Indian journal of veterinary science and animal husbandry - Volume 8,
Year: 1938
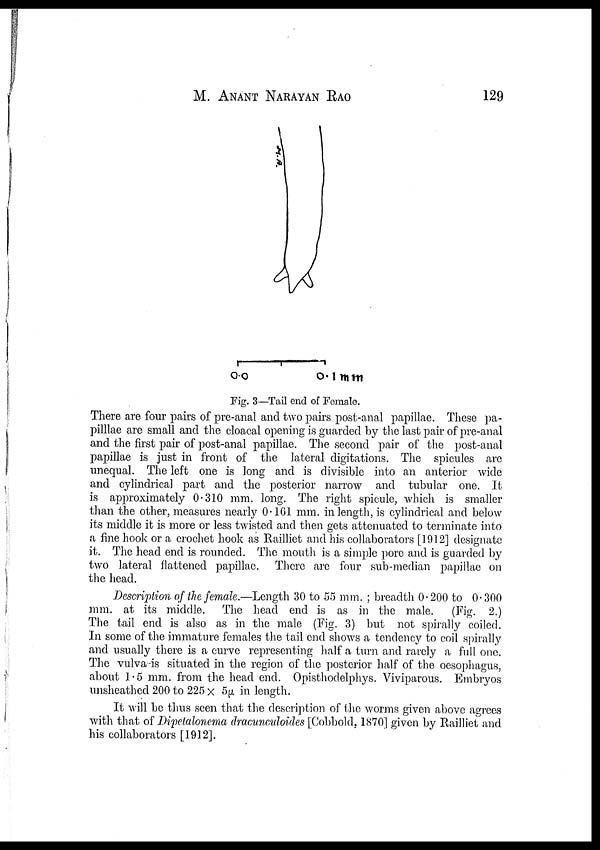
M.ANANT
NARAYAN
RAO
129
Fig. 3—Tail end of Female.
There are four pairs of pre-anal and two pairs post-anal papillae. These pa-
pilllae are small and the cloacal opening is guarded by the last pair of pre-anal
and the first pair of post-anal papillae. The second pair of the post-anal
papillae is just in front of the lateral digitations. The spicules are
unequal. The left one is long and is divisible into an anterior wide
and cylindrical part and the posterior narrow and tubular one. It
is approximately 0.310 mm. long. The right spicule, which is smaller
than the other, measures nearly 0.161 mm. in length, is cylindrical and below
its middle it is more or less twisted and then gets attenuated to terminate into
a fine hook or a crochet hook as Railliet and his collaborators [1912] designate
it. The head end is rounded. The mouth is a simple pore and is guarded by
two lateral flattened papillae. There are four sub-median papillae on
the head.
Description of the female.—Length 30 to 55 mm. ; breadth 0.200 to 0.300
mm. at its middle. The head end is as in the male. (Fig. 2.)
The tail end is also as in the male (Fig. 3) but not spirally coiled.
In some of the immature females the tail end shows a tendency to coil spirally
and usually there is a curve representing half a turn and rarely a full one.
The vulva-is situated in the region of the posterior half of the oesophagus,
about 1.5 mm. from the head end. Opisthodelphys. Viviparous. Embryos
unsheathed 200 to 225 × 5µ in length.
It will be thus seen that the description of the worms given above agrees
with that of Dipetalonema dracunculoides [Cobbold, 1870] given by Railliet and
his collaborators [1912].